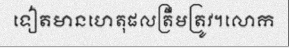
ទៀតមានហេតុផលត្រឹមត្រូវ។លោក